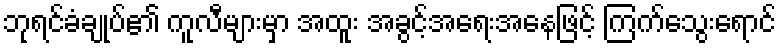
ဘုရင်ခံချုပ်၏ ကူလီများမှာ အထူး အခွင့်အရေးအနေဖြင့် ကြက်သွေးရောင်